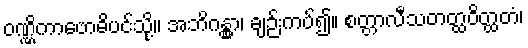
ဝဏ္ဏိကာဗောဓိပင်သို့။ အဘိဂန္တွာ၊ ချဉ်းကပ်၍။ စတ္တာလီသတတ္ထဝိတ္ထတံ၊